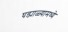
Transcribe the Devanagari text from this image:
घड्याळ्यामध्ये